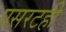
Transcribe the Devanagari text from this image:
पसरटही